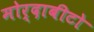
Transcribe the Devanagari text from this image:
मोर्दाबीटो